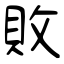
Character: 敗